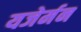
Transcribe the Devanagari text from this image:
यजेर्मन